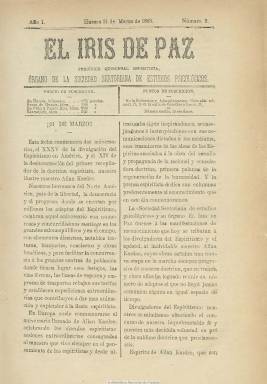
Título: El Iris de paz
Colección: Espiritismo
Ámbito geográfico: Huesca
Lugar de publicación: Huesca
Fechas: 31/03/1883-31/12/1885

Periódico quincenal espiritista inspirado por el vizconde Antonio Torres-Solanot y Casas (1804-1902?), que aparece en Huesca el 18 de marzo de 1883, como órgano de la Sociedad Sertoriana de Estudios Psicológicos, creada en 1877. Su director fue con toda probabilidad el sastre oscense Domingo Monreal, que aparece como remitente de la correspondencia a este periódico, vinculado, también a la asociación de librepensadores dirigida por Mariano Marco, y caracterizado por su combatividad contra el estamento eclesiástico católico y que, acusado de anticlerical, padecerá hasta tres excomuniones de los prelados de Huesca, Barbastro y Jaca.

En entregas de ocho páginas, compuestas a dos columnas, publica artículos doctrinales y de divulgación de la filosofía sistematizada por el pedagogo francés Alan Kardec (1804-1869), comunicaciones ‘mediúmnicas’, correspondencia, miscelánea de noticias, algunas de ellas locales, y revista crítica de prensa, polemizando con los periódicos neocatólicos, mantuvo una muy viva en 1885 con el canónigo Vicente Carderera, que atacó a los librepensadores a través de hojas volanderas.

Entre los firmantes de los textos que publica aparecen las firmas de la poetisa Amalia Domingo Soler (1835-1909), Enrique Oltra, Vicente Aguirre, Salvador Marco, Esteban Chavala, Severo Lasala, Sixto Huerta, Constantina Olivera, Mariano Pérez, Félix Ferrer, Bernabé Morera y Lorenzo Fuyola, entre otros.

Será suspendido tras la irrupción de una epidemia de cólera en Huesca, publicando su número 65 y último el 31 de diciembre de 1885, convirtiéndose sus colaboradores en enfermeros que ayudarán a paliar los efectos de la epidemia en la ciudad.